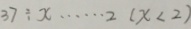
3 7 \div x \cdots 2 ( x < 2 )